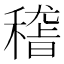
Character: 𥡴